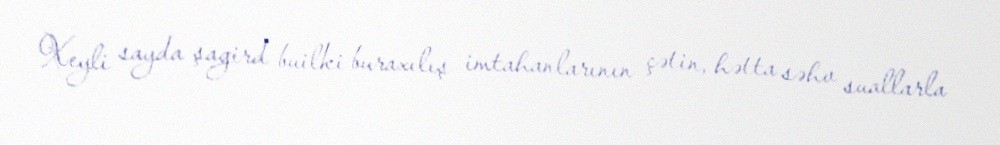
Xeyli sayda şagird builki buraxılış imtahanlarının çətin, hətta səhv suallarla